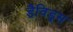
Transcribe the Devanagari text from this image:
डैविड्स